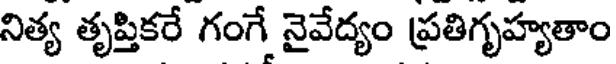
నిత్య తృప్తికరే గంగే నైవేద్యం ప్రతిగృహ్యతాం